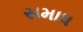
સમાધ